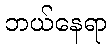
ဘယ်နေရာ